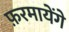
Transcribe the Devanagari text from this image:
फ़रमायेंगे